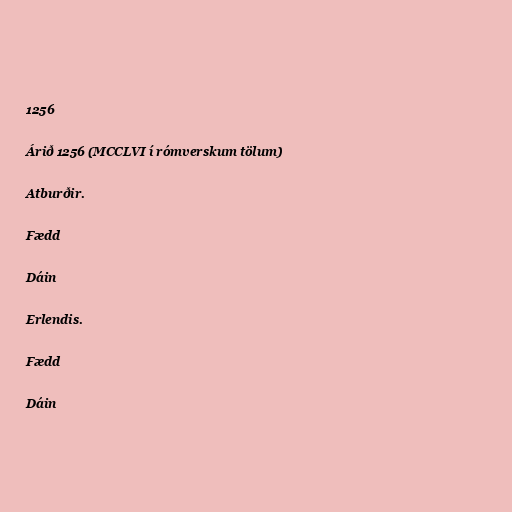
1256

Árið 1256 (MCCLVI í rómverskum tölum)

Atburðir.

Fædd

Dáin

Erlendis.

Fædd

Dáin